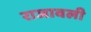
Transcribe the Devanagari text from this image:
राजावली